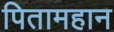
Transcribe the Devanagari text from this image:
पितामहान